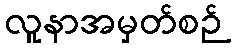
လူနာအမှတ်စဉ်